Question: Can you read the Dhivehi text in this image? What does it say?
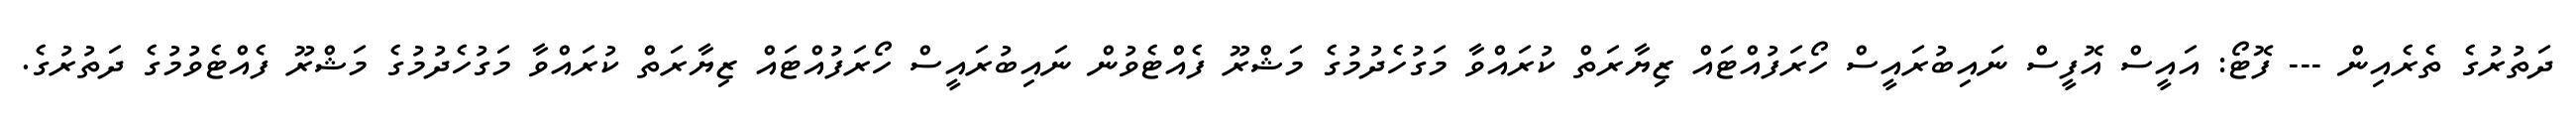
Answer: ދަތުރުގެ ތެރެއިން --- ފޮޓޯ: އައީސް އޮފީސް ނައިބުރައީސް ހޯރަފުއްޓައް ޒިޔާރަތް ކުރައްވާ މަގުހެދުމުގެ މަޝްރޫ ފެއްޓެވުން ނައިބުރައީސް ހޯރަފުއްޓައް ޒިޔާރަތް ކުރައްވާ މަގުހެދުމުގެ މަޝްރޫ ފެއްޓެވުމުގެ ދަތުރުގެ.